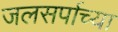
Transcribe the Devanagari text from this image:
जलसर्पाच्या